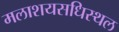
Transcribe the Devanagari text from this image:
मलाशयसधिस्थल